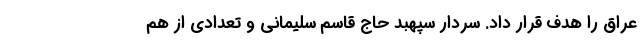
عراق را هدف قرار داد. سردار سپهبد حاج قاسم سلیمانی و تعدادی از هم